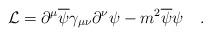
LaTeX: \begin{align*}{\cal L} = \partial^\mu \overline \psi \gamma_{\mu\nu} \partial^\nu \psi-m^2 \overline \psi \psi \quad.\end{align*}